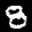
Label: 8